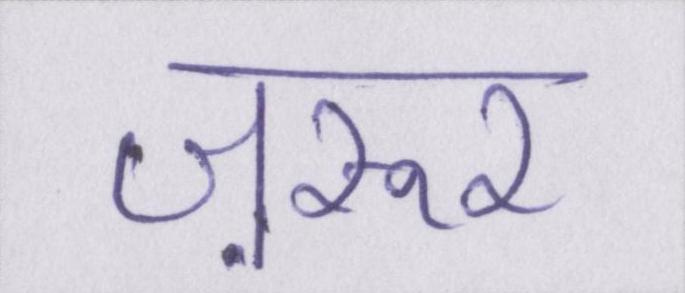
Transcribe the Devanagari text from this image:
ज़रूर